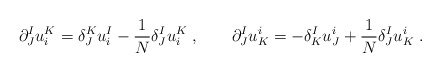
\begin{align*}\partial^I_J u^K_i=\delta^K_J u^I_i - {1\over N}\delta^{I}_J u^K_i \;,\qquad\partial^I_J u^i_K=-\delta^I_K u^i_J + {1\over N}\delta^{I}_J u^i_K\; .\end{align*}